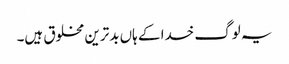
یہ لوگ خدا کے ہاں بدترین مخلوق ہیں۔